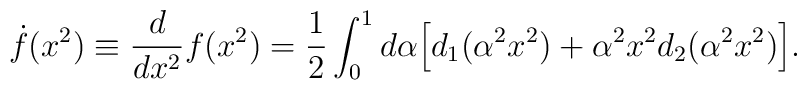
\dot{f}(x^2)\equiv \frac{d}{dx^2}f(x^2)=\frac{1}{2}\int^1_0d\alpha\Big[d_1(\alpha^2x^2)+\alpha^2x^2d_2(\alpha^2x^2)\Big].